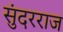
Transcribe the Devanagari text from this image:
सुंदरराज